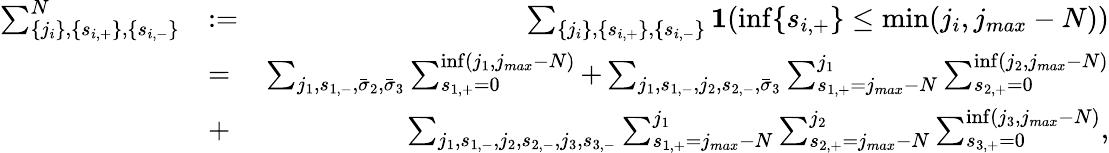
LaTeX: \begin{array}{rlr}{\sum_{\{ j_{i}\} ,\{ s_{i,+}\} ,\{ s_{i,-}\} }^{N}}&{:=}&{\sum_{\{ j_{i}\} ,\{ s_{i,+}\} ,\{ s_{i,-}\} }{\mathbf 1}(\operatorname*{inf}\{ s_{i,+}\} \le\operatorname*{min}(j_{i},j_{max}-N))}\\ &{=}&{\sum_{j_{1},s_{1,-},\bar{\sigma}_{2},\bar{\sigma}_{3}}\sum_{s_{1,+}=0}^{\operatorname*{inf}(j_{1},j_{max}-N)}+\sum_{j_{1},s_{1,-},j_{2},s_{2,-},\bar{\sigma}_{3}}\sum_{s_{1,+}=j_{max}-N}^{j_{1}}\sum_{s_{2,+}=0}^{\operatorname*{inf}(j_{2},j_{max}-N)}}\\ &{+}&{\sum_{j_{1},s_{1,-},j_{2},s_{2,-},j_{3},s_{3,-}}\sum_{s_{1,+}=j_{max}-N}^{j_{1}}\sum_{s_{2,+}=j_{max}-N}^{j_{2}}\sum_{s_{3,+}=0}^{\operatorname*{inf}(j_{3},j_{max}-N)},}\end{array}